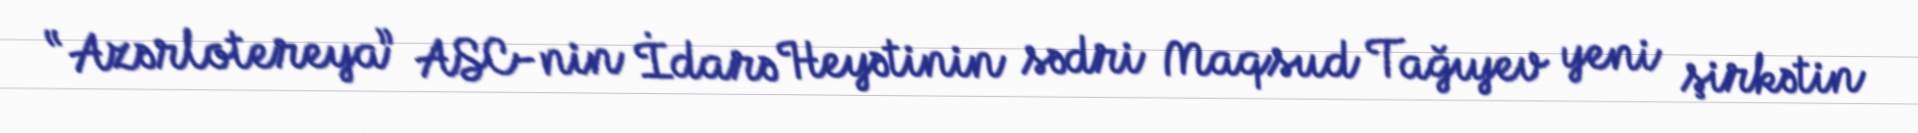
“Azərlotereya” ASC-nin İdarə Heyətinin sədri Maqsud Tağıyev yeni şirkətin